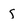
Character: S